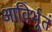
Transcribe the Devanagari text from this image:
आविर्भूतं